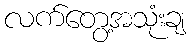
လက်တွေ့အသုံးချ